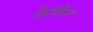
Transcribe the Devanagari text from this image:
कैयिल